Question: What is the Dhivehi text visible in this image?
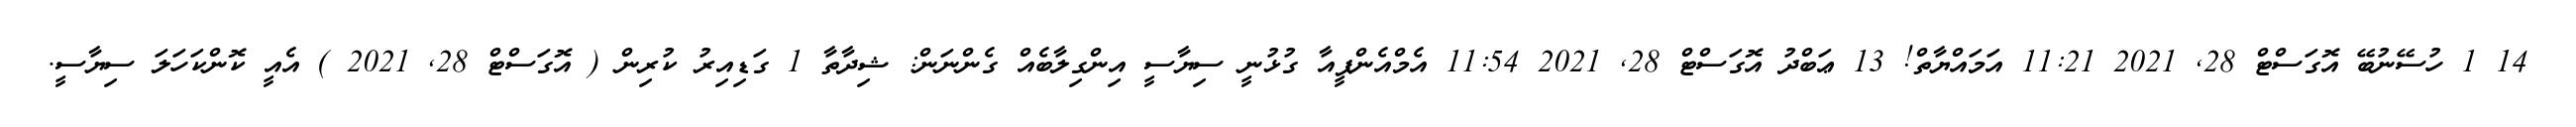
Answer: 14 1 ހުސޭނުބޭ އޮގަސްޓް 28, 2021 11:21 އަމައްޔާތް! 13 ޢަބްދު އޮގަސްޓް 28, 2021 11:54 އެމްއެންޕީއާ ގުޅުނީ ސިޔާސީ އިންގިލާބެއް ގެންނަން: ޝިދާތާ 1 ގަޑިއިރު ކުރިން ( އޮގަސްޓް 28, 2021 ) އެއީ ކޮންކަހަލަ ސިޔާސީ.